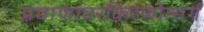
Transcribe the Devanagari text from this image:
प्रमाणावरकिरणोत्सर्ग